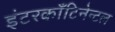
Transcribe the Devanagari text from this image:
इंटरकाँटिनेन्टल